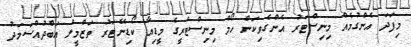
މިފަދަ އެންގުމެއް މިނިސްޓަރު އެންގެވިކަން ހޯމް މިނިސްޓްރީގެ މީޑިއާ ކޯޑިނޭޓަރު ތަޒްމީލް އަބްދުއްސަމަދު